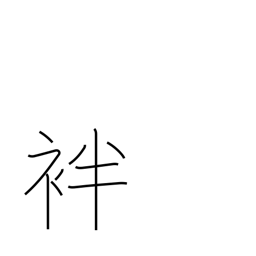
Meaning: summer kimono